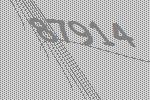
87914